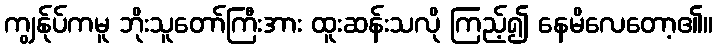
ကျွန်ုပ်ကမူ ဘိုးသူတော်ကြီးအား ထူးဆန်းသလို ကြည့်၍ နေမိလေတော့၏။